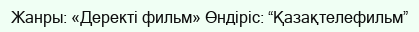
Жанры: «Деректі фильм» Өндіріс: “Қазақтелефильм”